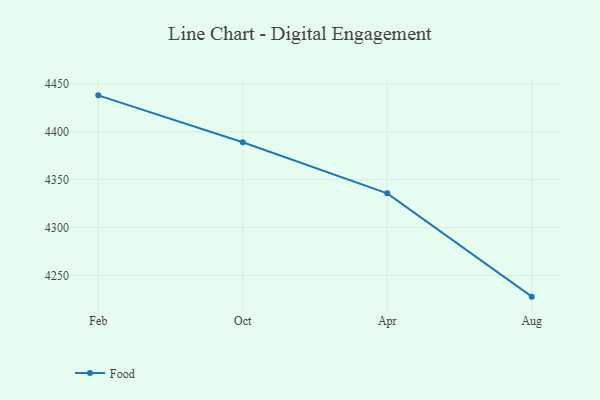
{"axis": {"x": "Month", "y": "Active Users"}, "legend": ["Food"], "data": [{"x": "Feb", "y": 4438.0, "type": "Food"}, {"x": "Oct", "y": 4389.0, "type": "Food"}, {"x": "Apr", "y": 4335.7, "type": "Food"}, {"x": "Aug", "y": 4227.9, "type": "Food"}]}